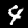
Label: 4